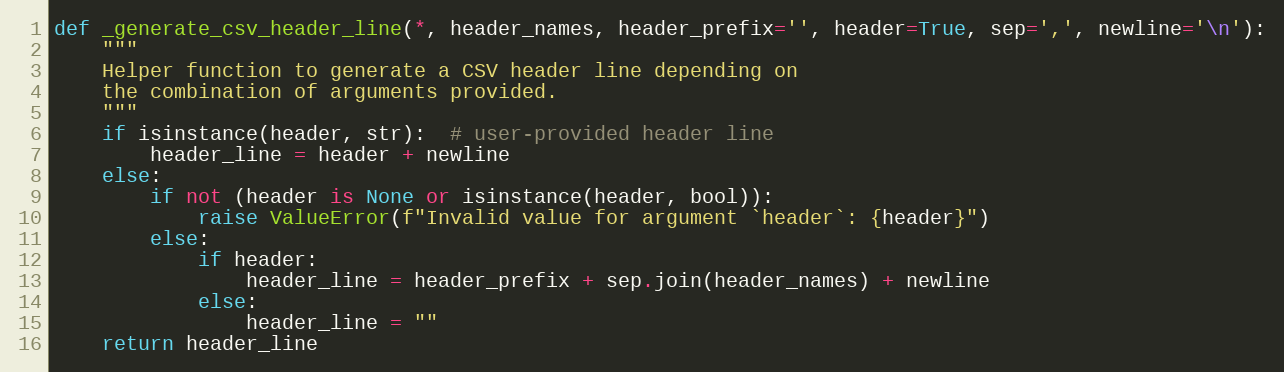
Language: Python
def _generate_csv_header_line(*, header_names, header_prefix='', header=True, sep=',', newline='\n'):
    """
    Helper function to generate a CSV header line depending on
    the combination of arguments provided.
    """
    if isinstance(header, str):  # user-provided header line
        header_line = header + newline
    else:
        if not (header is None or isinstance(header, bool)):
            raise ValueError(f"Invalid value for argument `header`: {header}")
        else:
            if header:
                header_line = header_prefix + sep.join(header_names) + newline
            else:
                header_line = ""
    return header_line